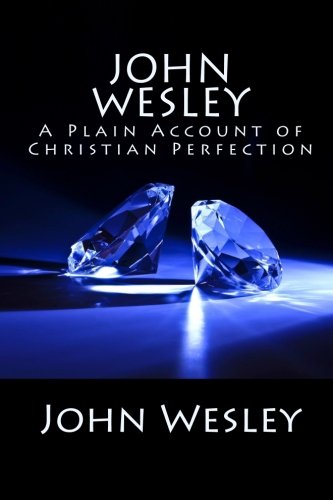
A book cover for John Wesley: A Plain Account of Christian Perfection; John Wesley; Christian Books & Bibles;